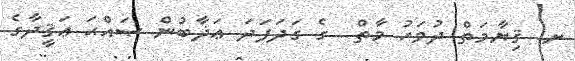
ށ. ޤިޔާމަތް ދުވަހު މާތް  ގެ ގަދަފަދަ ޢަޛާބުން ޞައްޙަ ޢަޤީދާގެ